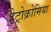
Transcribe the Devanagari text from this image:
हेट्रोक्रोमिया